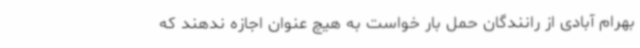
بهرام آبادی از رانندگان حمل بار خواست به هیچ عنوان اجازه ندهند که